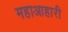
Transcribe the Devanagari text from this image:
महाआहारी